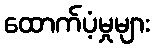
ထောက်ပံ့မှုများ